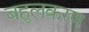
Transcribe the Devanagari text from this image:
बहुलकरण